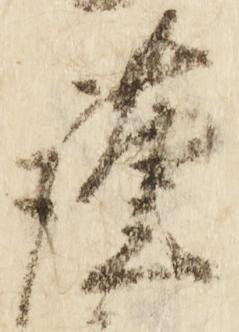
謹